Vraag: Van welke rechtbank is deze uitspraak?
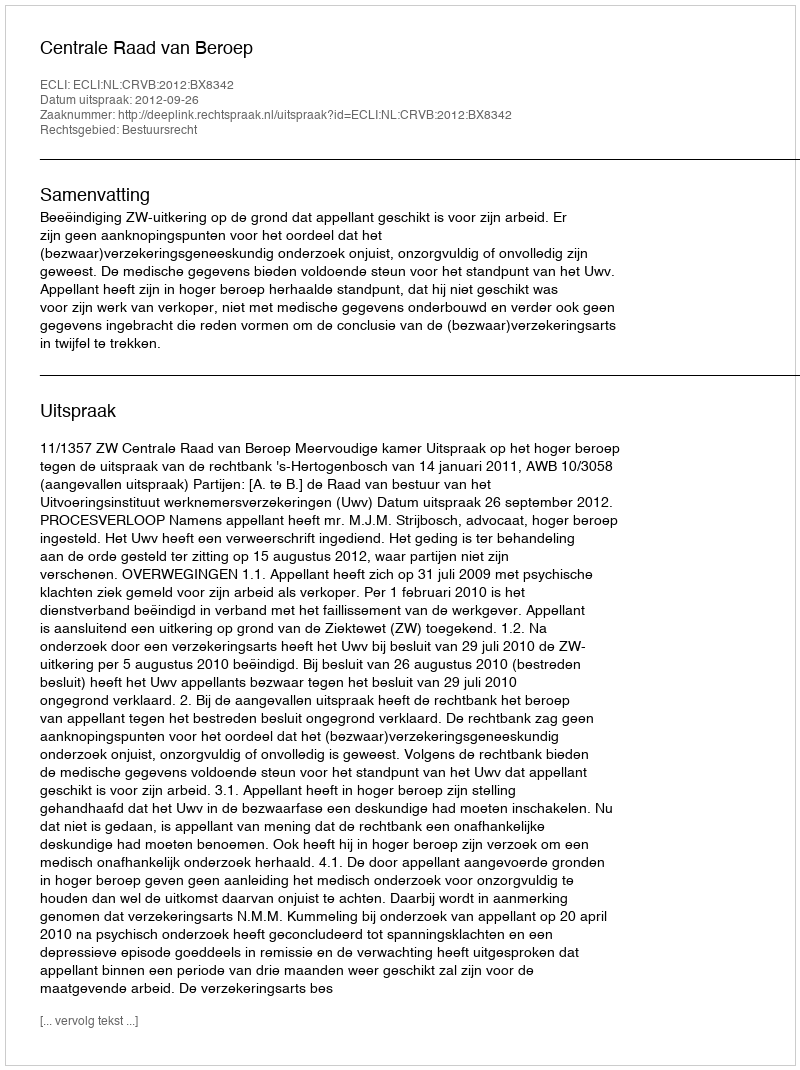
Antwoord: Centrale Raad van Beroep